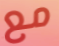
مع